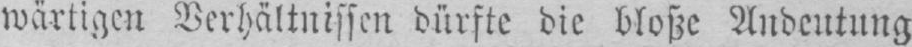
wärtigen Verhältnissen dürfte die bloße Andeutung